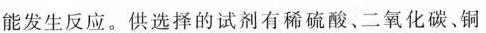
能发生反应。供选择的试剂有稀硫酸、二氧化碳、铜